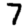
Digit: 7